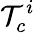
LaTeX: \mathcal{T}_{c}^{i}